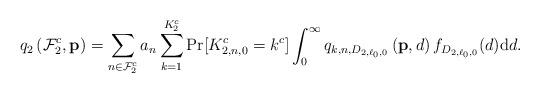
LaTeX: \begin{align*}q_{2}\left(\mathcal F_2^c,{\bf p}\right)=\sum_{n\in \mathcal F_2^c}a_{n}\sum_{k=1}^{K_2^c} \Pr [K_{2,n,0}^c=k^c]\int_{0}^{\infty}q_{k,n,D_{2,\ell_0,0}}\left({\bf p},d\right)f_{D_{2,\ell_0,0}}(d){\rm d}d.\end{align*}